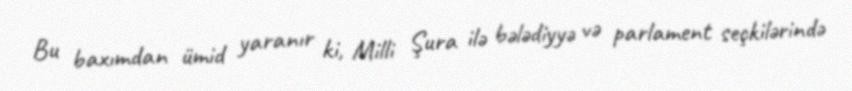
Bu baxımdan ümid yaranır ki, Milli Şura ilə bələdiyyə və parlament seçkilərində